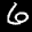
Label: 6